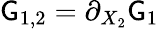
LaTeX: \mathsf{G}_{1,2}=\partial_{X_{2}}\mathsf{G}_{1}